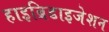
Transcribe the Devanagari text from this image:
हाइब्रिडाइजेशन